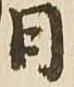
日